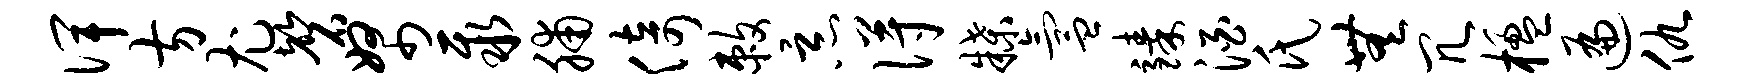
俾方尤磬帑聚脯倚敕恶得牒氲臻酒氏无冗楹遍仇